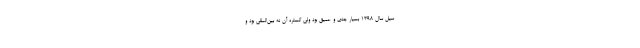
سیل سال ۱۳۹۸ بسیار جدی و عمیق بود ولی گستره آن نه بین‌المللی بود و